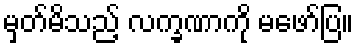
မှတ်မိသည့် လက္ခဏာကို မဖော်ပြ။